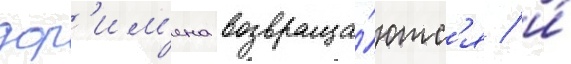
дор'им'ена возвраща́ютс'я / и́